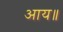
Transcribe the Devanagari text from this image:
आय॥